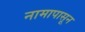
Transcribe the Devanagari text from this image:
नामापासून